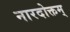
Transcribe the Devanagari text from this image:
नारदोक्तम्